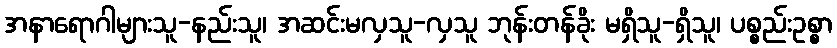
အနာရောဂါများသူ-နည်းသူ၊ အဆင်းမလှသူ-လှသူ ဘုန်းတန်ခိုး မရှိသူ-ရှိသူ၊ ပစ္စည်းဥစ္စာ